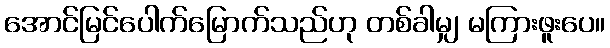
အောင်မြင်ပေါက်မြောက်သည်ဟု တစ်ခါမျှ မကြားဖူးပေ။